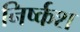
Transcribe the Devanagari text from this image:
निर्ष्कश